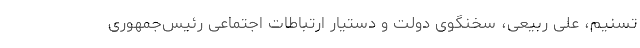
تسنیم، علی ربیعی، سخنگوی دولت و دستیار ارتباطات اجتماعی رئیس‌جمهوری